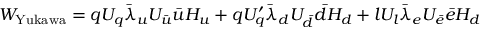
{ W } _ { \mathrm { Y u k a w a } } = q U _ { q } \bar { \lambda } _ { u } U _ { \bar { u } } \bar { u } H _ { u } + q U _ { q } ^ { \prime } \bar { \lambda } _ { d } U _ { \bar { d } } \bar { d } H _ { d } + l U _ { l } \bar { \lambda } _ { e } U _ { \bar { e } } \bar { e } H _ { d }